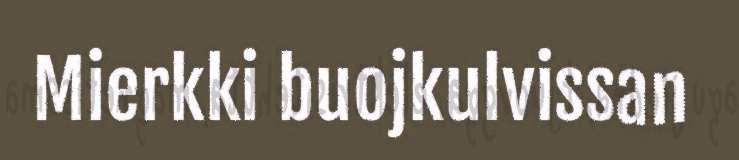
Mierkki buojkulvissan